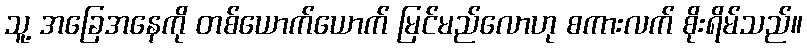
သူ့ အခြေအနေကို တစ်ယောက်ယောက် မြင်မည်လောဟု စကားလက် စိုးရိမ်သည်။